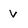
Character: v